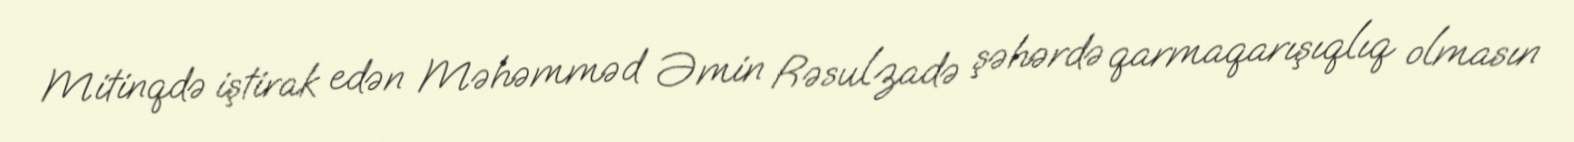
Mitinqdə iştirak edən Məhəmməd Əmin Rəsulzadə şəhərdə qarmaqarışıqlıq olmasın